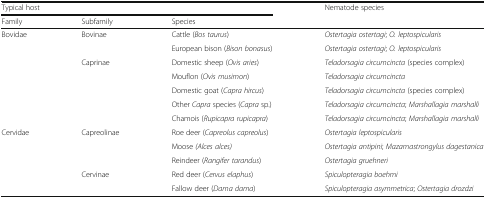
<table><thead><tr><td colspan="3"><b>Typical host</b></td><td rowspan="2"><b>Nematode species</b></td></tr><tr><td><b>Family</b></td><td><b>Subfamily</b></td><td><b>Species</b></td></tr></thead><tbody><tr><td rowspan="7">Bovidae</td><td rowspan="2">Bovinae</td><td>Cattle (<i>Bos taurus</i>)</td><td><i>Ostertagia ostertagi</i>; <i>O. leptospicularis</i></td></tr><tr><td>European bison (<i>Bison bonasus</i>)</td><td><i>Ostertagia ostertagi</i>; <i>O. leptospicularis</i></td></tr><tr><td rowspan="5">Caprinae</td><td>Domestic sheep (<i>Ovis aries</i>)</td><td><i>Teladorsagia circumcincta</i> (species complex)</td></tr><tr><td>Mouflon (<i>Ovis musimon</i>)</td><td><i>Teladorsagia circumcincta</i></td></tr><tr><td>Domestic goat (<i>Capra hircus</i>)</td><td><i>Teladorsagia circumcincta</i> (species complex)</td></tr><tr><td>Other <i>Capra</i> species (<i>Capra</i> sp.)</td><td><i>Teladorsagia circumcincta</i>; <i>Marshallagia marshalli</i></td></tr><tr><td>Chamois (<i>Rupicapra rupicapra</i>)</td><td><i>Teladorsagia circumcincta</i>; <i>Marshallagia marshalli</i></td></tr><tr><td rowspan="5">Cervidae</td><td rowspan="3">Capreolinae</td><td>Roe deer (<i>Capreolus capreolus</i>)</td><td><i>Ostertagia leptospicularis</i></td></tr><tr><td>Moose <i>(Alces alces)</i></td><td><i>Ostertagia antipini</i>; <i>Mazamastrongylus dagestanica</i></td></tr><tr><td>Reindeer (<i>Rangifer tarandus</i>)</td><td><i>Ostertagia gruehneri</i></td></tr><tr><td rowspan="2">Cervinae</td><td>Red deer (<i>Cervus elaphus</i>)</td><td><i>Spiculopteragia boehmi</i></td></tr><tr><td>Fallow deer (<i>Dama dama</i>)</td><td><i>Spiculopteragia asymmetrica</i>; <i>Ostertagia drozdzi</i></td></tr></tbody></table>